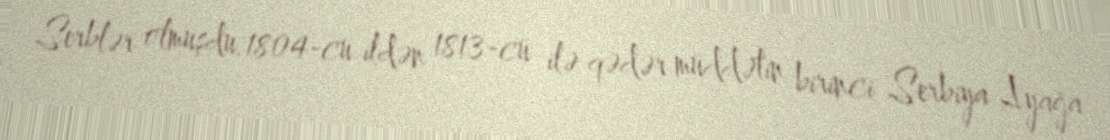
Serblər olmuşdu.1804-cü ildən 1813-cü ilə qədər müddətin birinci Serbiya Ayağa